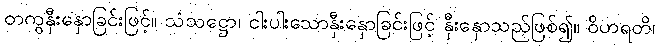
တကွနှီးနှောခြင်းဖြင့်။ သံသဋ္ဌော၊ ငါးပါးသောနှီးနှောခြင်းဖြင့် နှီးနှောသည်ဖြစ်၍။ ဝိဟရတိ၊